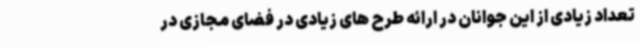
تعداد زیادی از این جوانان در ارائه طرح های زیادی در فضای مجازی در